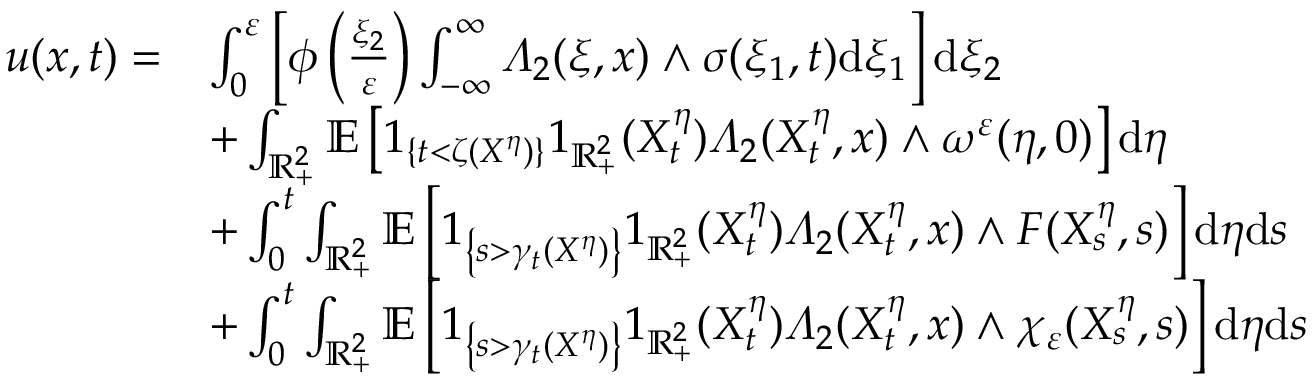
\begin{array} { r l } { u ( x , t ) = } & { \int _ { 0 } ^ { \varepsilon } \left[ \phi \left( \frac { \xi _ { 2 } } { \varepsilon } \right) \int _ { - \infty } ^ { \infty } \varLambda _ { 2 } ( \xi , x ) \wedge \sigma ( \xi _ { 1 } , t ) \mathrm { d } \xi _ { 1 } \right] \mathrm { d } \xi _ { 2 } } \\ & { + \int _ { \mathbb { R } _ { + } ^ { 2 } } \mathbb { E } \left[ 1 _ { \{ t < \zeta ( X ^ { \eta } ) \} } 1 _ { \mathbb { R } _ { + } ^ { 2 } } ( X _ { t } ^ { \eta } ) \varLambda _ { 2 } ( X _ { t } ^ { \eta } , x ) \wedge \omega ^ { \varepsilon } ( \eta , 0 ) \right] \mathrm { d } \eta } \\ & { + \int _ { 0 } ^ { t } \int _ { \mathbb { R } _ { + } ^ { 2 } } \mathbb { E } \left[ 1 _ { \left\{ s > \gamma _ { t } ( X ^ { \eta } ) \right\} } 1 _ { \mathbb { R } _ { + } ^ { 2 } } ( X _ { t } ^ { \eta } ) \varLambda _ { 2 } ( X _ { t } ^ { \eta } , x ) \wedge F ( X _ { s } ^ { \eta } , s ) \right] \mathrm { d } \eta \mathrm { d } s } \\ & { + \int _ { 0 } ^ { t } \int _ { \mathbb { R } _ { + } ^ { 2 } } \mathbb { E } \left[ 1 _ { \left\{ s > \gamma _ { t } ( X ^ { \eta } ) \right\} } 1 _ { \mathbb { R } _ { + } ^ { 2 } } ( X _ { t } ^ { \eta } ) \varLambda _ { 2 } ( X _ { t } ^ { \eta } , x ) \wedge \chi _ { \varepsilon } ( X _ { s } ^ { \eta } , s ) \right] \mathrm { d } \eta \mathrm { d } s } \end{array}